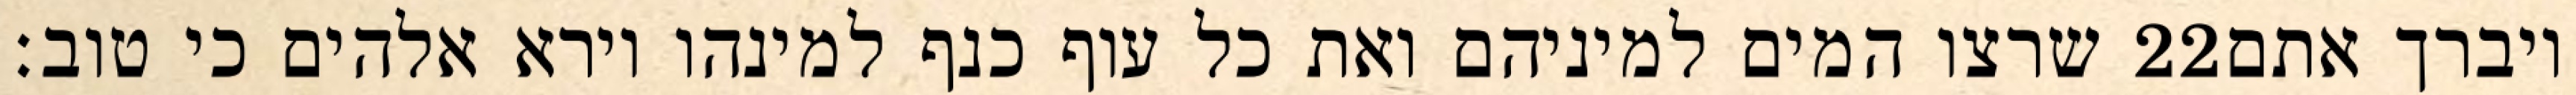
שרצו המים למיניהם ואת כל עוף כנף למינהו וירא אלהים כי טוב׃ ‎22‏ ויברך אתם